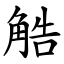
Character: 䚛